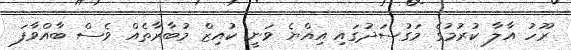
ރޫހު އާލާ ކުރުމުގެ މަގުސަދުގައި އިއްޔެ ވަނީ ކުއިޒް މުބާރާތެއް ވެސް ބާއްވާފަ